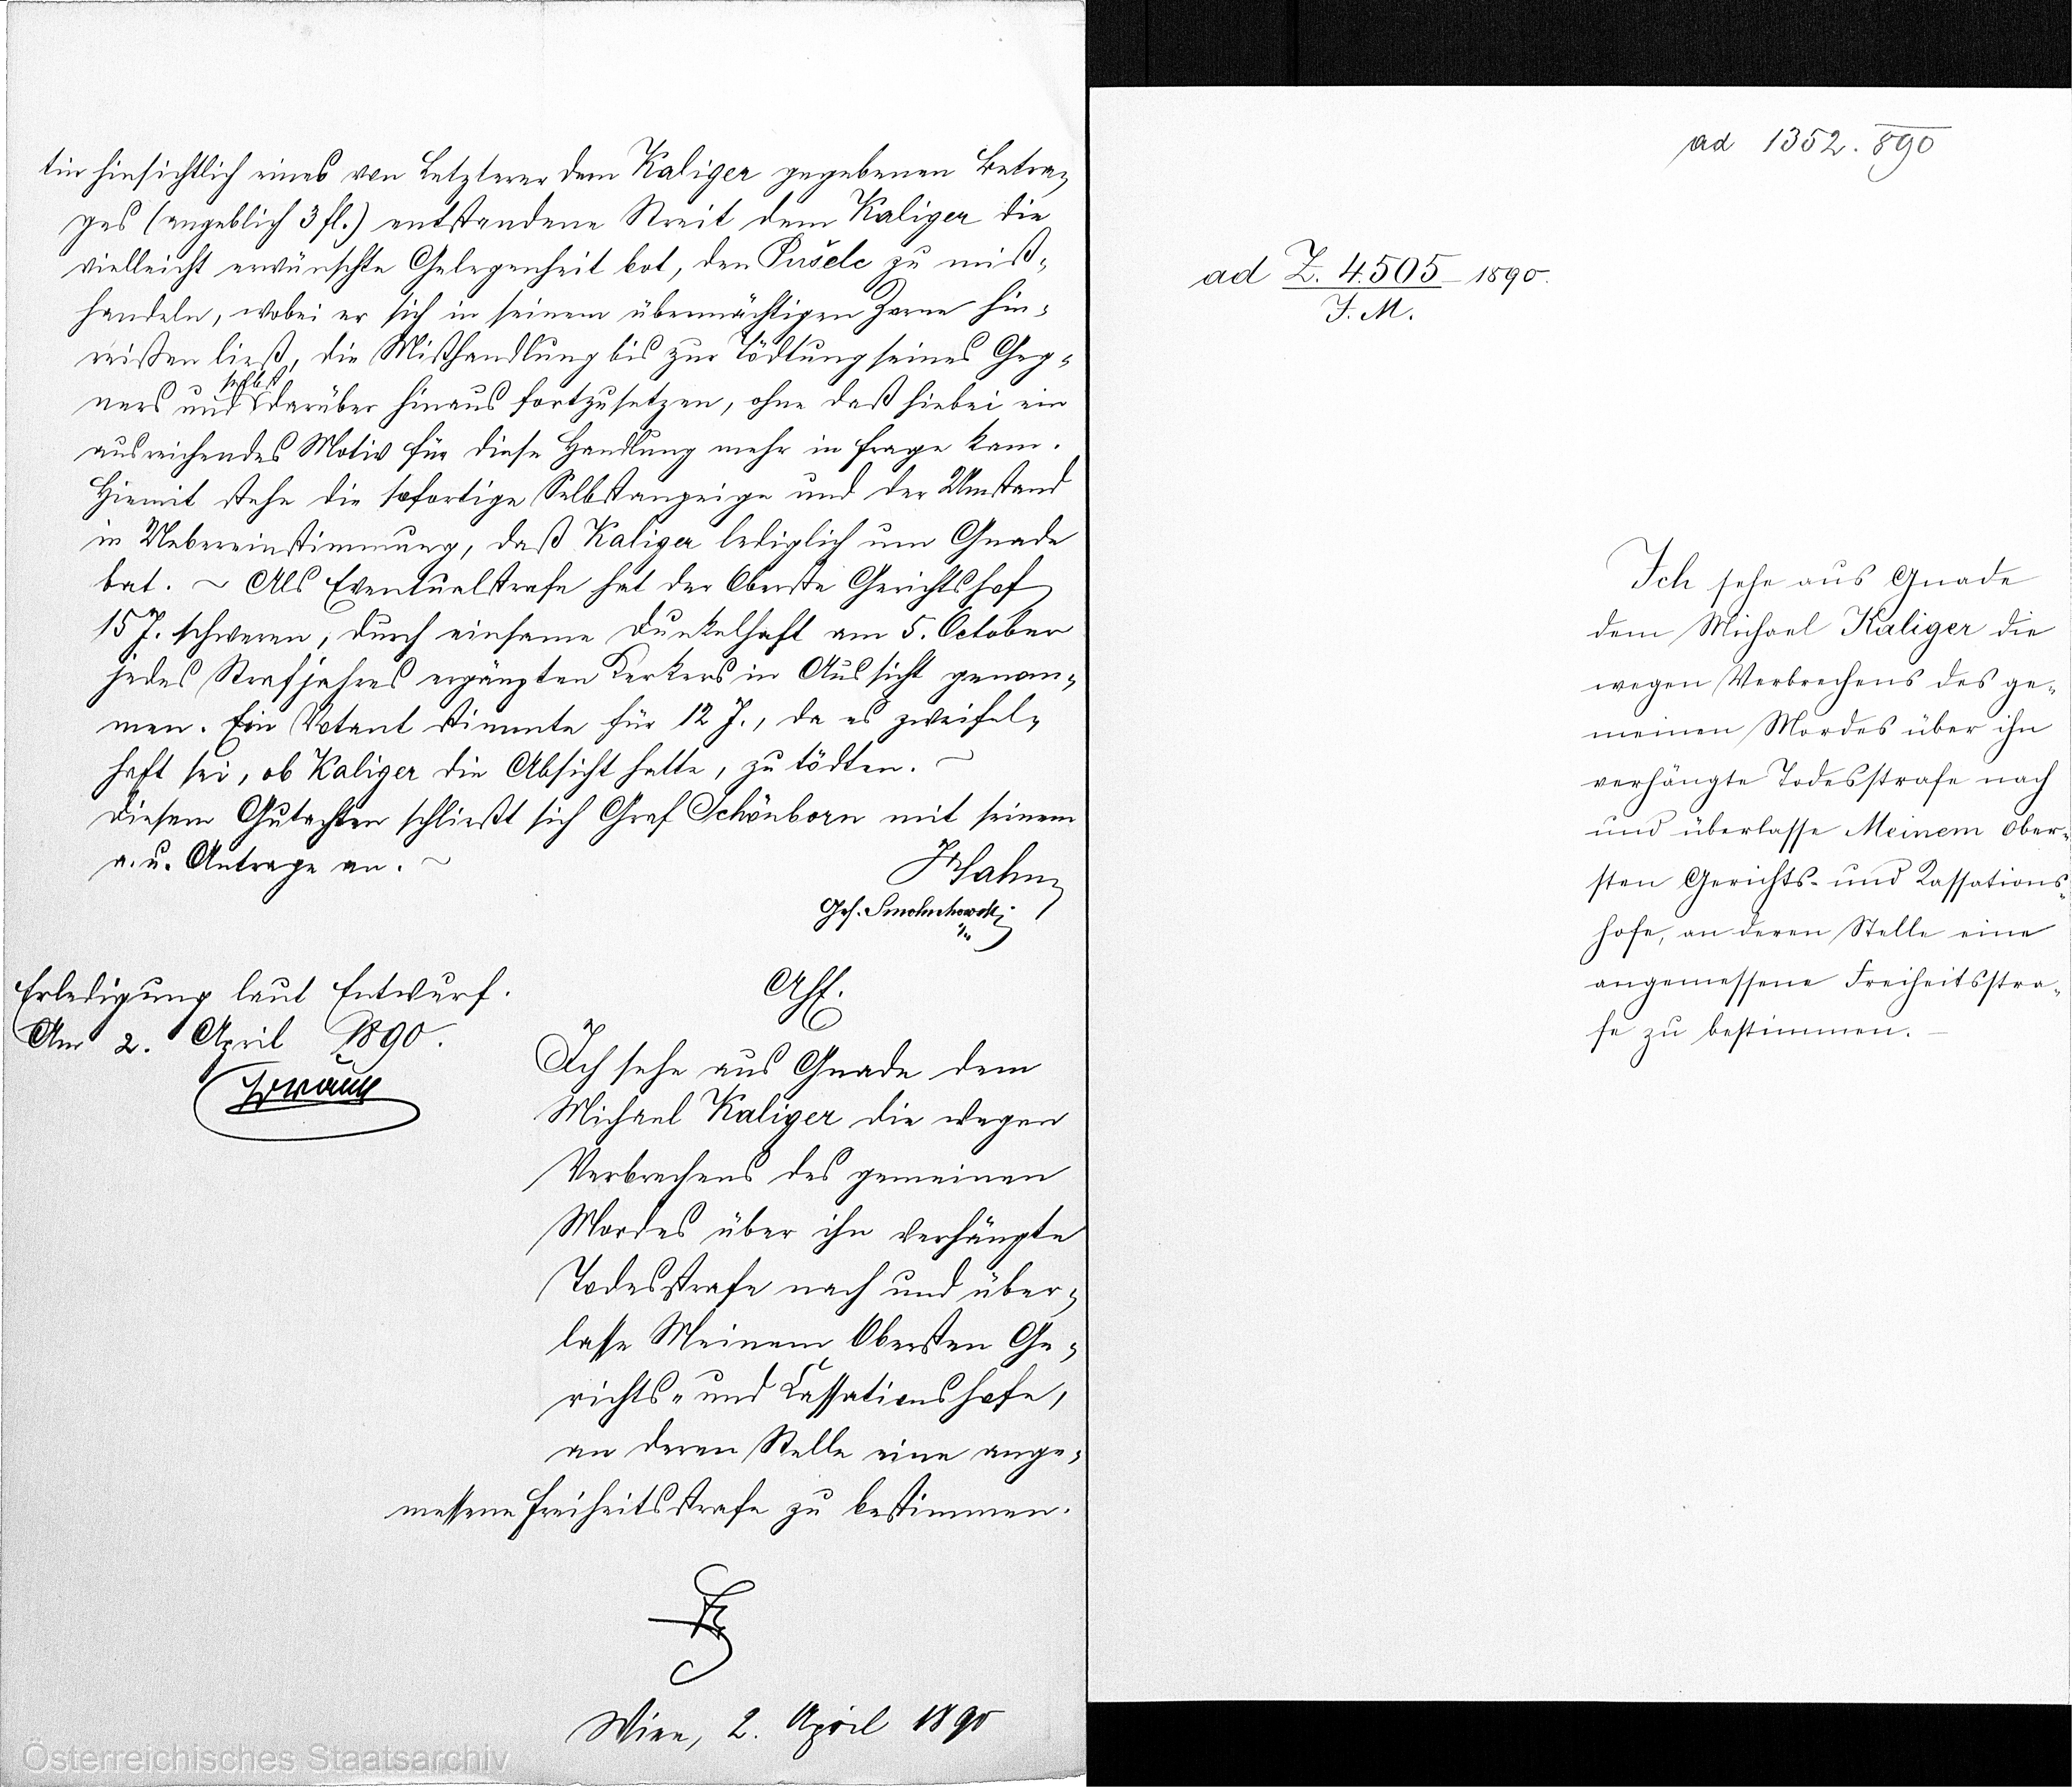
ad 1352. 890

tin hinsichtlich eines von Letzterer dem Kaliger gegebenen Betra¬
ges (angeblich 3 fl.) entstandene Streit dem Kaliger die
vielleicht erwünschte Gelegenheit bot, den Pušelc zu miß¬
handeln, wobei er sich in seinem übermächtigen Zorne hin¬
reißen ließ, die Mißhandlung bis zur Tödtung seines Geg¬
selbst
ners und darüber hinaus fortzusetzen, ohne daß hiebei ein
aus reichendes Motiv für diese Handlung mehr in Frage kam.
Hiemit stehe die sofortige Selbstanzeige und der Umstand
in Uebereinstimmung, daß Kaliger lediglich um Gnade
bat. Als Eventualstrafe hat der Oberste Gerichtshof
15 J. schweren, durch einsame Dunkelhaft am 5. October
jedes Strafjahres ergänzten Kerkers in Aussicht genom¬
men. Ein Votant stimmte für 12 J., da es zweifel¬
haft sei, ob Kaliger die Absicht hatte, zu tödten.
Diesem Gutachter schließt sich Graf Schönborn mit seinem
a. u. Antrage an.
xx
Ges. Smolmxx
1/4
Erledigung laut Entwurf.
AhE.
Am 2. April 1890.
Ich sehe aus Gnade dem
xx
Michael Kaliger die wegen
Verbrechens des gemeinen
Mordes über ihn verhängte
Todesstrafe nach und über¬
lasse Meinem Obersten Ge¬
richts- und Cassationshofe,
an deren Stelle eine ange¬
messene Freiheitsstrafe zu bestimmen.

ad Z. 4505/-1890
J. M.

Ich sehe aus Gnade
dem Michael Kaliger die
wegen Verbrechens des ge¬
meinen Modes über ihn
verhängte Todesstrafe nach
und überlasse Meinem Ober¬
sten Gerichts- und Kassations¬
hofe, an deren Stelle eine
angemessene Freiheitsstra¬
fe zu bestimmen.-

Wien, 2. April 1890